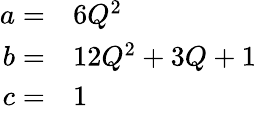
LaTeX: \begin{array}{rl}{a=}&{{}6Q^{2}}\\ {b=}&{{}12Q^{2}+3Q+1}\\ {c=}&{{}1}\end{array}